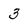
Character: 3